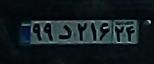
۹۹د۲۱۶۲۴